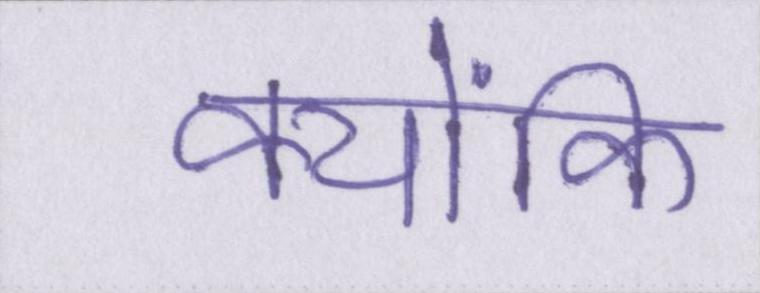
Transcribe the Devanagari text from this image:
क्योंकि